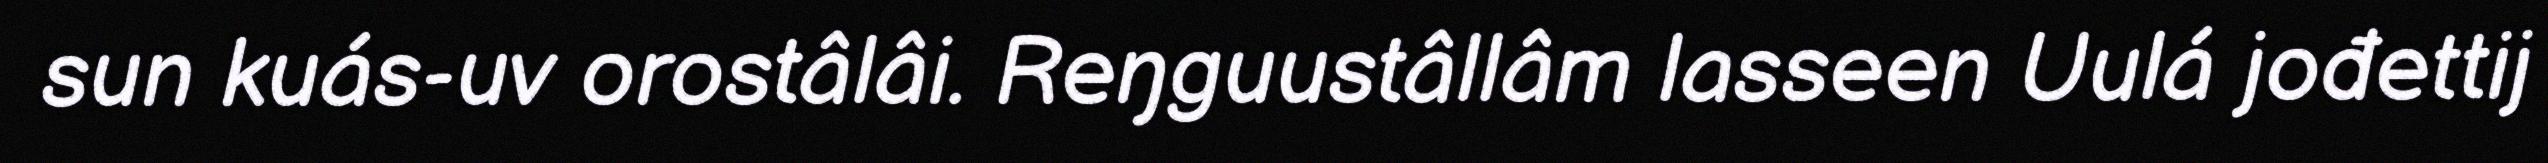
sun kuás-uv orostâlâi. Reŋguustâllâm lasseen Uulá jođettij